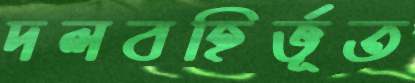
দলবহির্ভূত